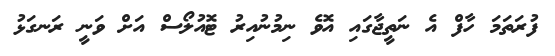
ފުރަތަމަ ހާފް އެ ނަތީޖާގައި އޮވެ ނިމުނުއިރު ޓޮއުލޯސް އަށް ވަނީ ރަނގަޅު